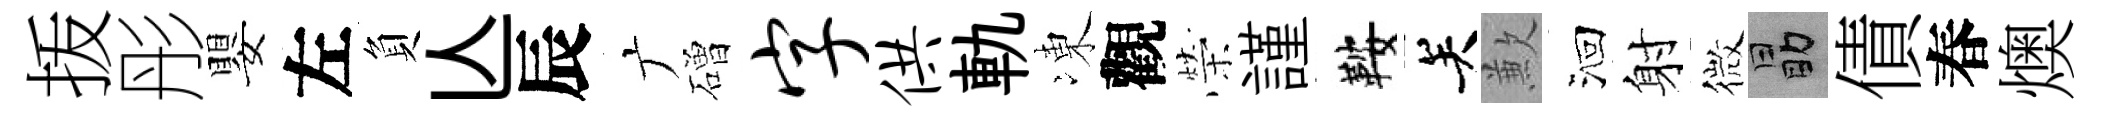
㧞彤嬰左負亾辰广磳字供軌凍觀榮謹鞍关歉洄射微勗債春燠